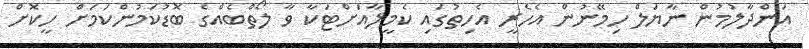
އަންދާލުމުން ނާޔަލް ހިމޭނުން އެހެރީ އެހިތުގައި ކެމީލާއަށްޓަކާ ވާ ލޯތްބެއްގެ ބޮޑުކަމުންކަމަށް ހީކޮށް